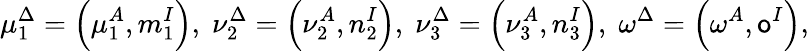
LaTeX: \mu_{1}^{\Delta}=\left(\mu_{1}^{A},m_{1}^{I}\right),\; \nu_{2}^{\Delta}=\left(\nu_{2}^{A},n_{2}^{I}\right),\; \nu_{3}^{\Delta}=\left(\nu_{3}^{A},n_{3}^{I}\right),\; \omega^{\Delta}=\left(\omega^{A},\mathsf{o}^{I}\right),